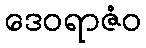
ဒေဝရာဇံဝ